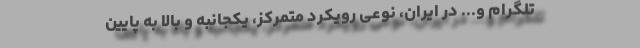
تلگرام و... در ایران، نوعی رویکرد متمرکز، یکجانبه و بالا به پایین